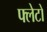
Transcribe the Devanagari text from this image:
फ्लेटो